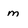
Character: m